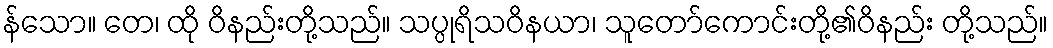
န်သော။ တေ၊ ထို ဝိနည်းတို့သည်။ သပ္ပုရိသဝိနယာ၊ သူတော်ကောင်းတို့၏ဝိနည်း တို့သည်။